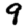
Digit: 9